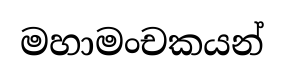
මහාමංචකයන්